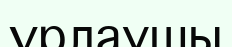
ұрлаушы